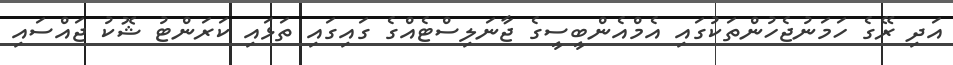
އަދި ރޭގެ ހަމަނުޖެހުންތަކުގައި އެމްއެންބީސީގެ ޖާނަލިސްޓެއްގެ ގައިގައި ތަޅައި ކަރަންޓު ޝޮކު ޖައްސައި